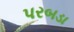
પરબડા